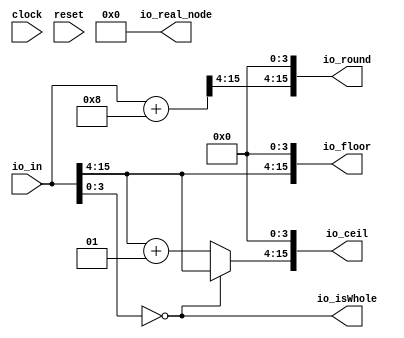
module FixedRing1(
  input         clock,
  input         reset,
  input  [15:0] io_in,
  output [15:0] io_floor,
  output [15:0] io_ceil,
  output        io_isWhole,
  output [15:0] io_round,
  output [63:0] io_real_node
);
  wire [11:0] _T_9 = io_in[15:4]; // @[FixedPointTypeClass.scala 69:58]
  wire [15:0] _GEN_0 = {$signed(_T_9), 4'h0}; // @[FixedPointTypeClass.scala 70:40]
  wire  _T_12 = $signed(io_in) == $signed(_GEN_0); // @[FixedPointTypeClass.scala 70:40]
  wire [12:0] _T_17 = $signed(_T_9) + 12'sh1; // @[FixedPointTypeClass.scala 25:22]
  wire [12:0] _T_20 = _T_12 ? $signed({{1{_T_9[11]}},_T_9}) : $signed(_T_17); // @[FixedPointTypeClass.scala 187:8]
  wire [16:0] _T_24 = $signed(io_in) + 16'sh8; // @[FixedPointTypeClass.scala 25:22]
  wire [12:0] _T_26 = _T_24[16:4]; // @[FixedPointTypeClass.scala 69:58]
  wire [16:0] _GEN_2 = {$signed(_T_20), 4'h0}; // @[FixedPointSpec.scala 24:11]
  wire [16:0] _GEN_5 = {$signed(_T_26), 4'h0}; // @[FixedPointSpec.scala 26:12]
  assign io_floor = {$signed(_T_9), 4'h0}; // @[FixedPointSpec.scala 23:12]
  assign io_ceil = _GEN_2[15:0]; // @[FixedPointSpec.scala 24:11]
  assign io_isWhole = $signed(io_in) == $signed(_GEN_0); // @[FixedPointTypeClass.scala 70:40]
  assign io_round = _GEN_5[15:0]; // @[FixedPointSpec.scala 26:12]
  assign io_real_node = 64'h0;
endmodule